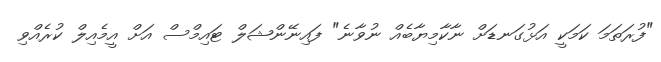
"ފުރަތަމަ ކަމަކީ އަޅުގަނޑަށް ނާކާމިޔާބެއް ނުވާނެ" ފައިނޭންޝަލް ޓައިމްސް އަށް އީމެއިލް ކުރެއްވި